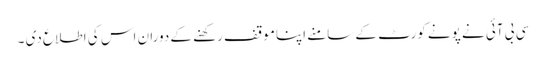
سی بی آئی نے پونے کورٹ کے سامنے اپناموقف رکھنے کے دوران اس کی اطلاع دی ۔